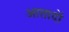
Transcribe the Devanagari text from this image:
आतादों